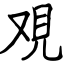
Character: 覌